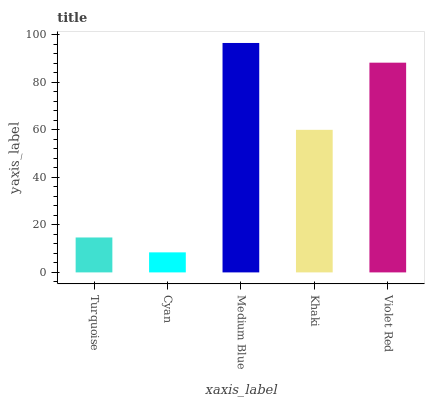
| xaxis_label | bars |
 | --- | --- |
 | Turquoise | 14.7 |
 | Cyan | 8.43 |
 | Medium Blue | 96.6 |
 | Khaki | 60 |
 | Violet Red | 88.3 |